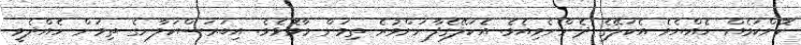
ކޮންކަމެއް ހެއްޔެވެ އެކަލޭގެ ދެންނެވިއެވެ. އެކަލޭގެފާނަށްވުރެ ތިމަން މާމޮޅެވެ. އިބަރަސްކަލާނގެ ތިމަން ހެއްދެވީ